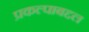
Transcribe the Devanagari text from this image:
प्रकल्पाबद्दल